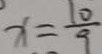
x = \frac { 1 0 } { 9 }